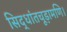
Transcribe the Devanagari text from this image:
सिद्धांतचूड़ामणि।